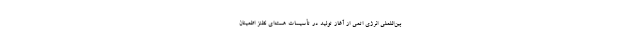
بین‌اللملی انرژی اتمی از آغاز تولید در تأسیسات هسته‌ای نطنز اطمینان